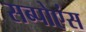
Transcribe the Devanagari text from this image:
सब्पोएंस